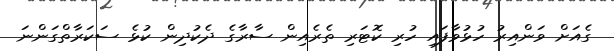
ގެއަށް ވަންއިރު ހުޅުވާފައި ހުރި ކޮޓަރި ތެރެއިން ސާރާގެ ދެކުދިން ކުޅެ ސަކަރާތްގަންނަ